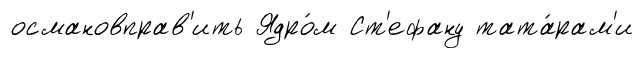
османовправ'ить Ядро́м Ст'ефану тата́рам'и